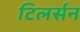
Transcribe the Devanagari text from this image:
टिलर्सन